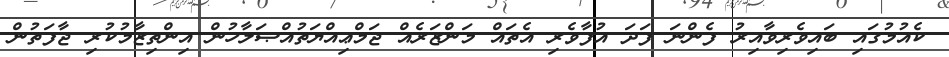
ކެއުމުގައި ބައިވެރިވާއިރު ފެންނަ ފަދަ އުފާވެރި އެތައް މަންޒަރެއް ޖަމްޢިއްޔަތުއްޞަލާހުން އިންތިޒާމުކުރި ޖާފަތުން